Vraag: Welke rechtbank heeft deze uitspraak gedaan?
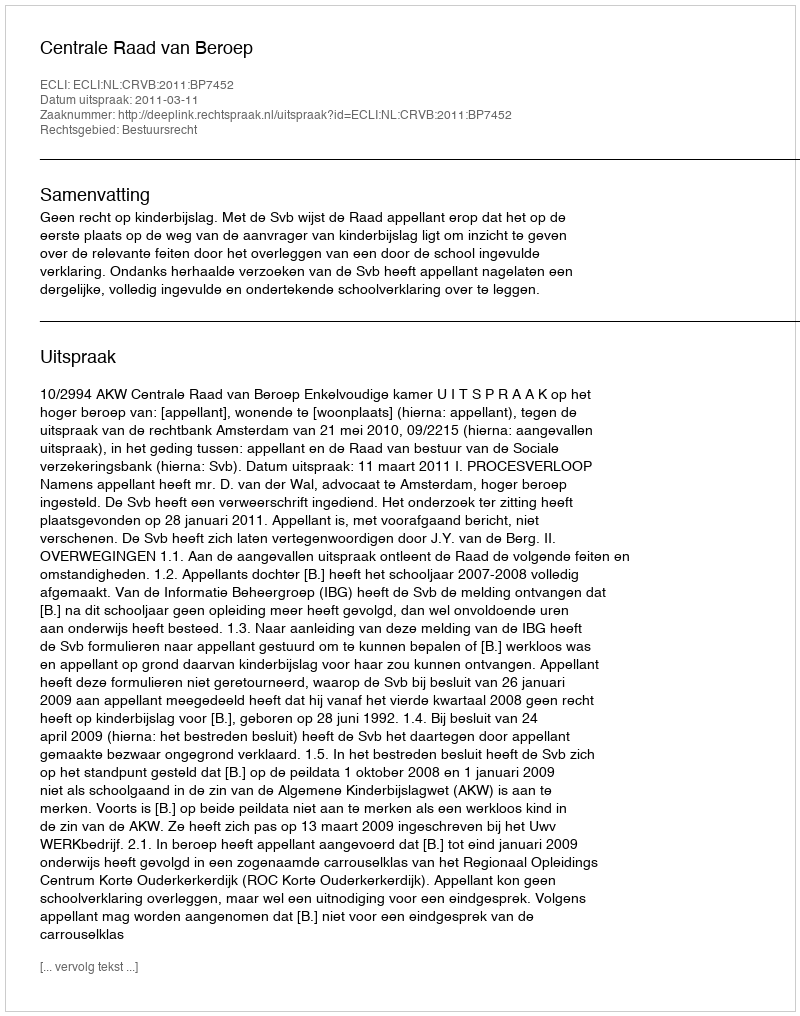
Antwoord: Centrale Raad van Beroep